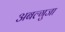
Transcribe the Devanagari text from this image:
अबल्गुजा